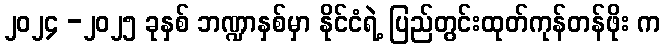
၂၀၂၄ -၂၀၂၅ ခုနှစ် ဘဏ္ဍာနှစ်မှာ နိုင်ငံရဲ့ ပြည်တွင်းထုတ်ကုန်တန်ဖိုး က